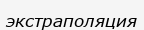
экстраполяция